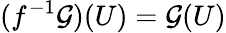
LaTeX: (f^{-1}{\mathcal{G}})(U)={\mathcal{G}}(U)